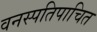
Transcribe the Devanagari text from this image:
वनस्पतिपाचित